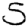
Digit: 5